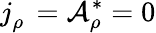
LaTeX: j_{\rho}^{\mathrm{~\, ~}}=\mathcal{A}_{\rho}^{\ast}=0